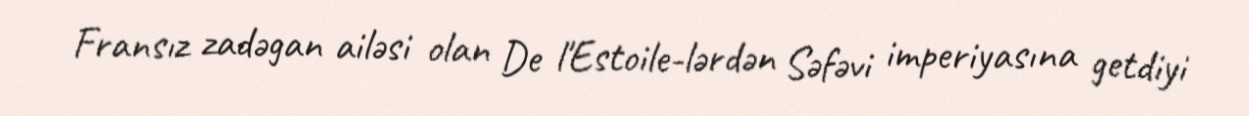
Fransız zadəgan ailəsi olan De l'Estoile-lərdən Səfəvi imperiyasına getdiyi